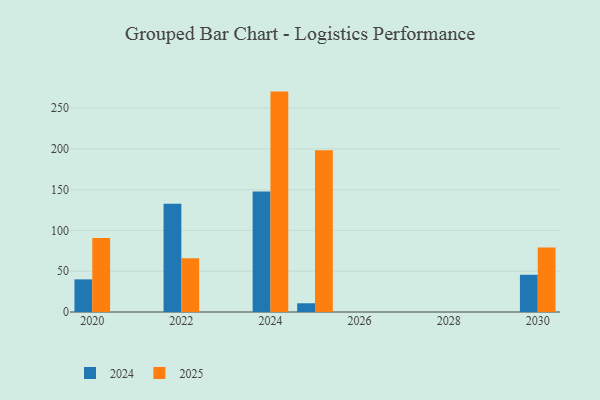
{"axis": {"x": "Year", "y": "Inventory Turnover"}, "legend": ["2024", "2025"], "data": [{"x": "2022", "y": 65.9, "type": "2025"}, {"x": "2022", "y": 132.9, "type": "2024"}, {"x": "2024", "y": 270.3, "type": "2025"}, {"x": "2024", "y": 147.7, "type": "2024"}, {"x": "2030", "y": 79.2, "type": "2025"}, {"x": "2030", "y": 45.7, "type": "2024"}, {"x": "2020", "y": 90.7, "type": "2025"}, {"x": "2020", "y": 40.0, "type": "2024"}, {"x": "2025", "y": 198.5, "type": "2025"}, {"x": "2025", "y": 10.7, "type": "2024"}]}